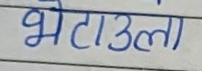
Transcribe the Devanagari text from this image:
भेटाउला